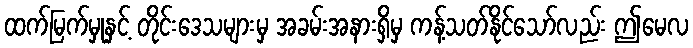
ထက်မြက်မှုနှင့် တိုင်းဒေသများမှ အခမ်းအနားရှိမှ ကန့်သတ်နိုင်သော်လည်း ဤမေလ